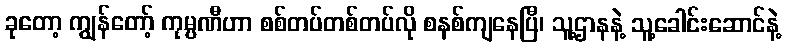
ခုတော့ ကျွန်တော့် ကုမ္ပဏီဟာ စစ်တပ်တစ်တပ်လို စနစ်ကျနေပြီ၊ သူ့ဌာနနဲ့ သူ့ခေါင်းဆောင်နဲ့